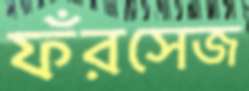
ফঁরসেজ